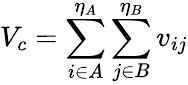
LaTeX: V_{c}=\sum_{i\in A}^{\eta_{A}}\sum_{j\in B}^{\eta_{B}}v_{ij}